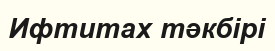
Ифтитах тәкбірі